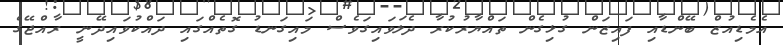
އެމެޑިއުޒް ބޭންޑާއި ފައިޒަން ގުޅިގެން ތައްޔާރުކުރާ ދެލަވައިގަވެސް މައިގަނޑު ގޮތެއްގައި ދައްކުވައިދޭނީ ރާއްޖޭގެ